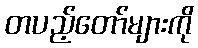
တပည့်တော်များကို